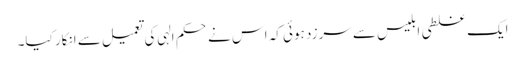
ایک غلطی ابلیس سے سرزد ہوئی کہ اس نے حکم الہی کی تعمیل سے انکار کیا۔